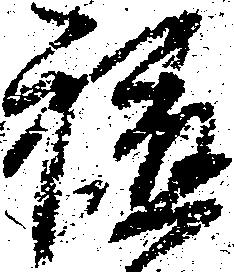
軈